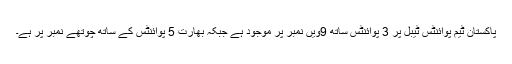
پاکستان ٹیم پوائنٹس ٹیبل پر 3 پوائنٹس ساتھ 9ویں نمبر پر موجود ہے جبکہ بھارت 5 پوائنٹس کے ساتھ چوتھے نمبر پر ہے۔